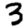
Digit: 3